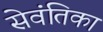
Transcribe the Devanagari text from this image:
सेवंतिका